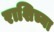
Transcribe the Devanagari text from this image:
राशिच्या